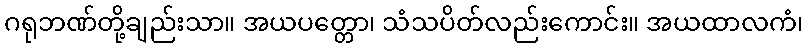
ဂရုဘဏ်တို့ချည်းသာ။ အယပတ္တော၊ သံသပိတ်လည်းကောင်း။ အယထာလကံ၊